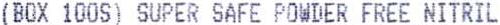
(BOX 100S) SUPER SAFE POWDER FREE NITRIL